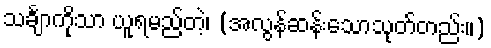
သင်္ချာကိုသာ ယူရမည်တဲ့၊ (အလွန်ဆန်းသောသုတ်တည်း။)